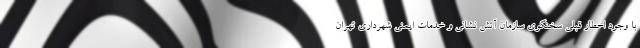
با وجود اخطار قبلی سخنگوی سازمان آتش نشانی و خدمات ایمنی شهرداری تهران